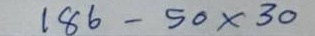
186 - 50 x 30